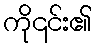
ကို၎င်း၏